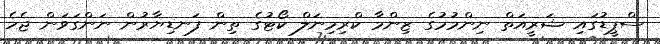
ސްޕީޑުގައި ޝަރީއަތް ނިންމުމުގެ ޒިންމާ ކްރިމިނަލް ކޯޓުގެ ތިން ފަނޑިޔާރުން ނަންގަވަން ޖެހެ